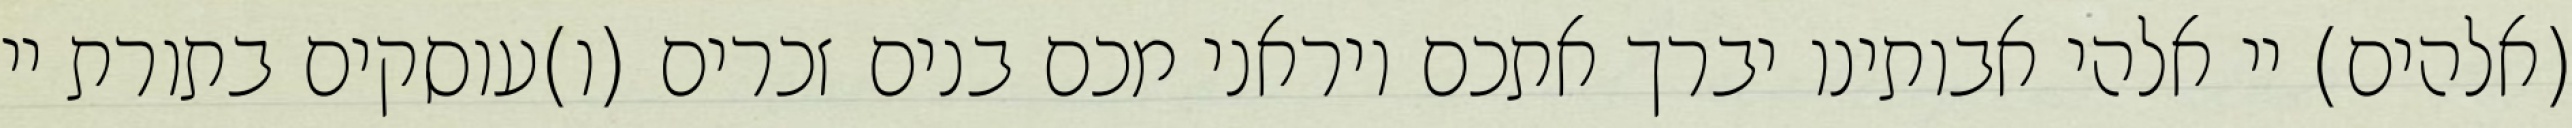
(אלהים) יי אלהי אבותינו יברך אתכם ויראני מכם בנים זכרים (ו)עוסקים בתורת יי